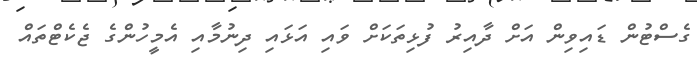
ގެސްޓުން ޑައިވިން އަށް ދާއިރު ފުޅިތަކަށް ވައި އަޅައި ދިނުމާއި އެމީހުންގެ ޖެކެޓްތައް